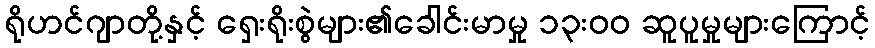
ရိုဟင်ဂျာတို့နှင့် ရှေးရိုးစွဲများ၏ခေါင်းမာမှု ၁၃းဝဝ ဆူပူမှုများကြောင့်